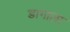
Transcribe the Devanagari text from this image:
डागाला